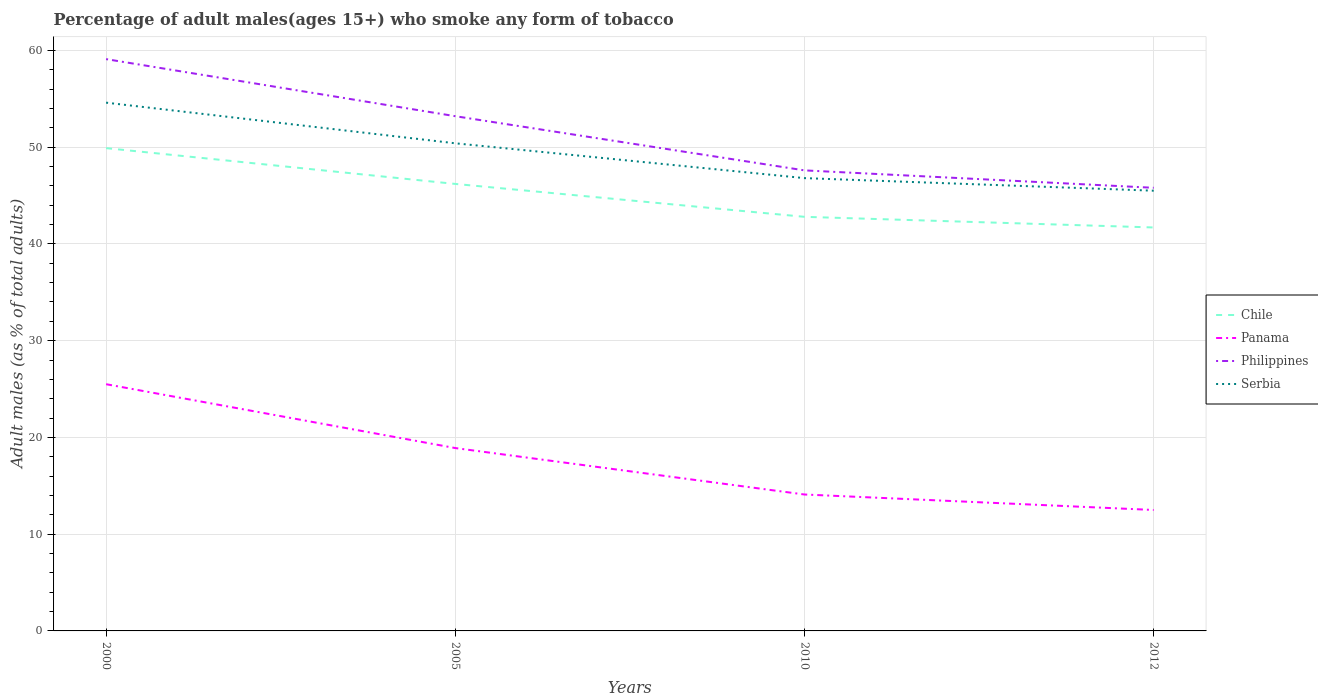
| Years | Chile | Panama | Philippines | Serbia |
 | --- | --- | --- | --- | --- |
 | 2000 | 49.9 | 25.5 | 59.1 | 54.6 |
 | 2005 | 46.2 | 18.9 | 53.2 | 50.4 |
 | 2010 | 42.8 | 14.1 | 47.6 | 46.8 |
 | 2012 | 41.7 | 12.5 | 45.8 | 45.5 |